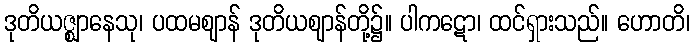
ဒုတိယဇ္ဈာနေသု၊ ပထမဈာန် ဒုတိယဈာန်တို့၌။ ပါကဋော၊ ထင်ရှားသည်။ ဟောတိ၊